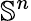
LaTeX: \mathbb{S}^{n}